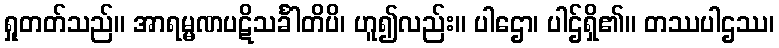
ရှုတတ်သည်။ အာရမ္မဏပဋိသင်္ခါတိပိ၊ ဟူ၍လည်း။ ပါဌော၊ ပါဌ်ရှိ၏။ တဿပါဌဿ၊